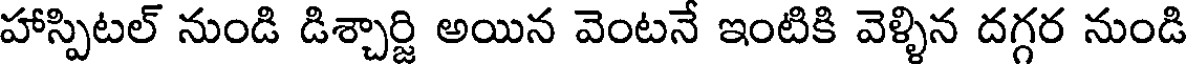
హాస్పిటల్ నుండి డిశ్చార్జి అయిన వెంటనే ఇంటికి వెళ్ళిన దగ్గర నుండి